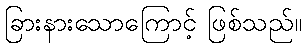
ခြားနားသောကြောင့် ဖြစ်သည်။